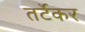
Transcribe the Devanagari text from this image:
तर्टेकर